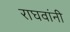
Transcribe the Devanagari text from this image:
राघवांनी